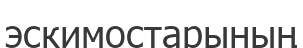
эскимостарының